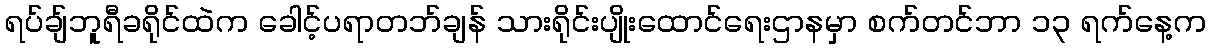
ရပ်ချ်ဘူရီခရိုင်ထဲက ခေါင့်ပရာတဘ်ချန် သားရိုင်းပျိုးထောင်ရေးဌာနမှာ စက်တင်ဘာ ၁၃ ရက်နေ့က